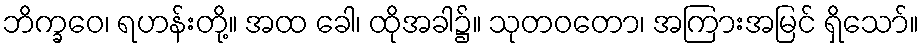
ဘိက္ခဝေ၊ ရဟန်းတို့။ အထ ခေါ၊ ထိုအခါ၌။ သုတဝတော၊ အကြားအမြင် ရှိသော်။